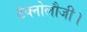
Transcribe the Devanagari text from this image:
टेक्नोलौजी।